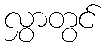
လွှာတွင်